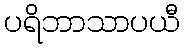
ပရိဘာသာပယီ